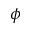
\phi